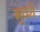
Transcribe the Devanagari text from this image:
मुदरों